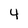
Character: 4